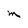
Character: M